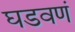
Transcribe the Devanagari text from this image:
घडवणं